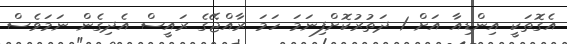
އެގޮތަކީ އިންޑިއާ އަށް 1 ދަތުރުކޮށްފިނަމަ ހަމަ ރާއްޖޭގެ ރައީސް އެދިގެން ނަމަވެސް